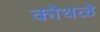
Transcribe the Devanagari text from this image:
कोथळे